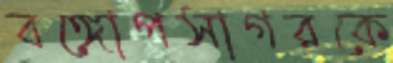
বঙ্গোপসাগরকে